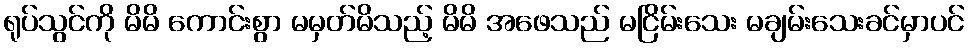
ရုပ်သွင်ကို မိမိ ကောင်းစွာ မမှတ်မိသည့် မိမိ အဖေသည် မငြိမ်းသေး မချမ်းသေးခင်မှာပင်